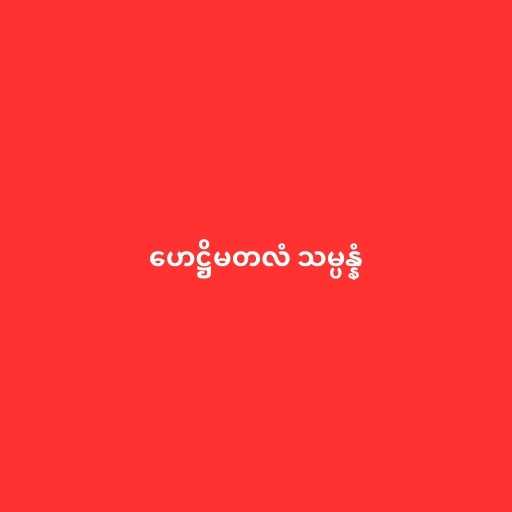
ဟေဋ္ဌိမတလံ သမ္ပန္နံ